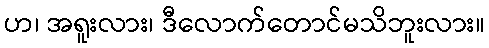
ဟ၊ အရူးလား၊ ဒီလောက်တောင်မသိဘူးလား။